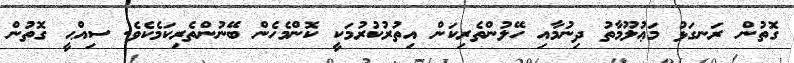
ގޮތުން ރަނގަޅު މަޢުލޫމާތު ދިނުމާއި ހޭލުންތެރިކަން އިތުރުކުރުމަކީ ކޮންމެހެން ބޭނުންތެރިކަމެކެވެ. ސިއްޙީ ގޮތުން